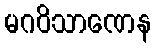
မဂဝိသာဏေန